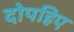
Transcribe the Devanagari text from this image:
दोपहिए